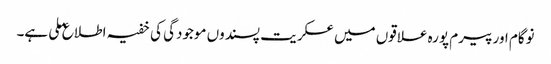
نوگام اور پیرم پورہ علاقوں میں عسکریت پسندوں موجودگی کی خفیہ اطلاع ملی ہے۔